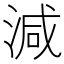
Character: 減